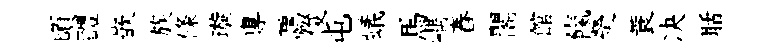
頃醴嵌族條璇專覊俊屯蟻馬嵎舂閣館餼熒蓑决聒